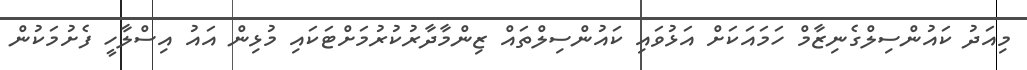
މިއަދު ކައުންސިލްގެނިޒާމް ހަމައަކަށް އަޅުވައި ކައުންސިލްތައް ޒިންމާދާރުކުރުމަށްޓަކައި މުޅިން އައު އިސްލާހީ ފެށުމަކުން